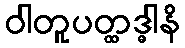
ဝါတူပတ္ထဒ္ဓါနိ